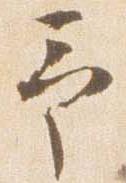
予